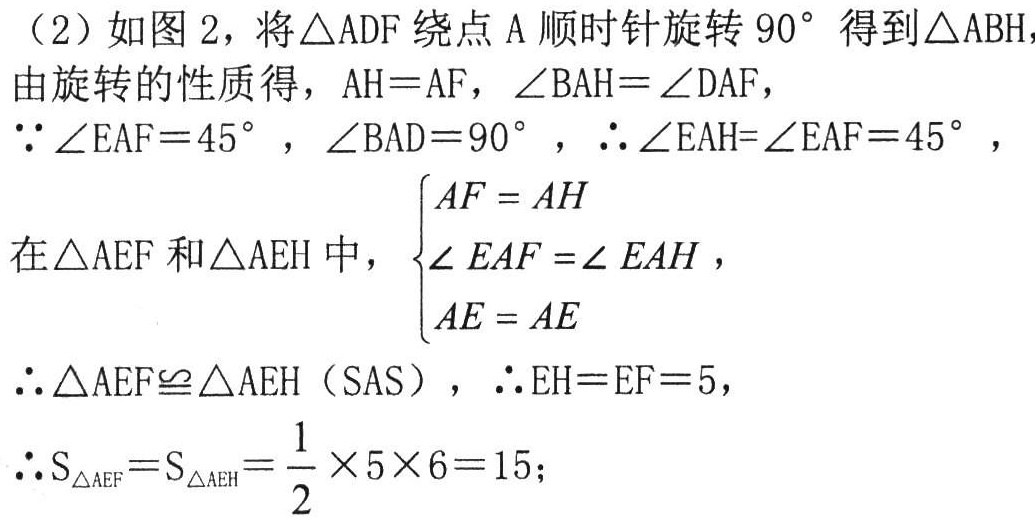
(2) 如图2，将\(\triangle ADF\)绕点\(A\)顺时针旋转\(90^{\circ}\)得到\(\triangle ABH\)，
由旋转的性质得，\(AH = AF\)，\(\angle BAH=\angle DAF\)，
\(\because\angle EAF = 45^{\circ}\)，\(\angle BAD = 90^{\circ}\)，\(\therefore\angle EAH=\angle EAF = 45^{\circ}\)，
在\(\triangle AEF\)和\(\triangle AEH\)中，\(\begin{cases}AF = AH\\\angle EAF=\angle EAH\\AE = AE\end{cases}\)，
\(\therefore\triangle AEF\cong\triangle AEH\)（SAS），\(\therefore EH = EF = 5\)，
\(\therefore S_{\triangle AEF}=S_{\triangle AEH}=\frac{1}{2}\times5\times6 = 15\);